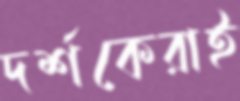
দর্শকেরাই